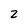
Character: 2